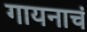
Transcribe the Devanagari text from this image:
गायनाचं